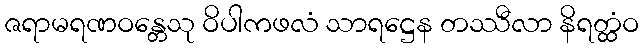
ဇရာမရဏဝန္တေသု ဝိပါကဖလံ သာရဋ္ဌေန တဿီလာ နိရတ္ထံဝ